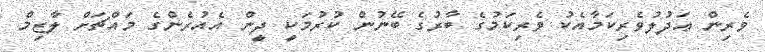
ވެރިން ޢަދުލުވެރިކަމާއެކު ވެރިކަމުގެ ބާރުގެ ބޭނުން ކުރުމަކީ ދީން އެއުރެންގެ މައްޗަށް ލާޒިމް